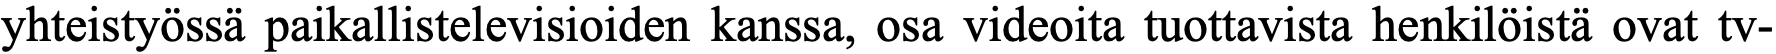
yhteistyössä paikallistelevisioiden kanssa, osa videoita tuottavista henkilöistä ovat tv-